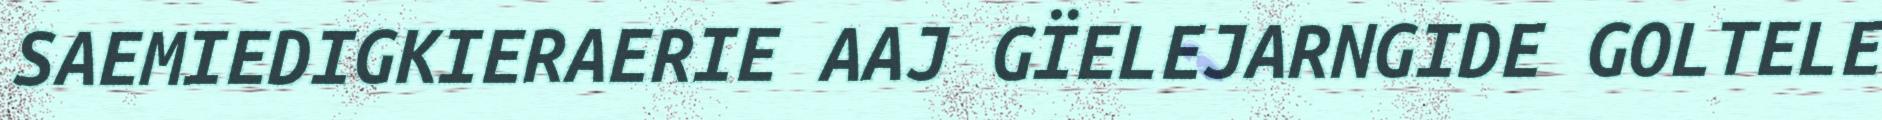
SAEMIEDIGKIERAERIE AAJ GÏELEJARNGIDE GOLTELE